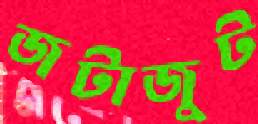
জটাজুট